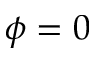
\phi = 0